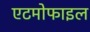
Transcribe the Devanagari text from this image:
एटमोफाइल